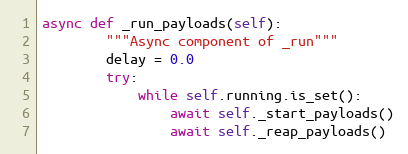
Language: Python
async def _run_payloads(self):
        """Async component of _run"""
        delay = 0.0
        try:
            while self.running.is_set():
                await self._start_payloads()
                await self._reap_payloads()